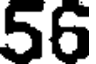
56